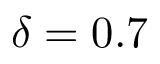
\delta = 0 . 7